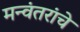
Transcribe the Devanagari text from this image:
मन्वंतरांचे